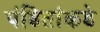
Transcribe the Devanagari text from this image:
पंडितांकडे